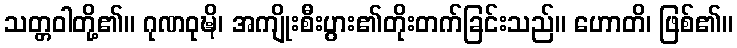
သတ္တဝါတို့၏။ ဂုဏဝုဍ္ဎိ၊ အကျိုးစီးပွား၏တိုးတက်ခြင်းသည်။ ဟောတိ၊ ဖြစ်၏။